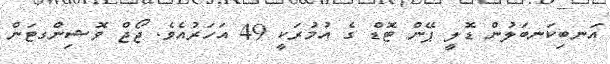
އަނބިކަނބަލުން ޑޮލީ ޕޭން ޓޮޑް ގެ އުމުރަކީ 49 އަހަރުއެވެ. ޖޯޖް ވޮޝިންގޓަން